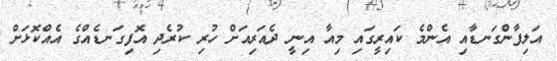
އަލިފާންގަނޑާއި އެންމެ ކައިރީގައި މިއާ އިނީ ދެއަރިއަށް ހުރި ކުރެދި އޮފިގަނޑެއްގެ އެއްކޮޅަށް